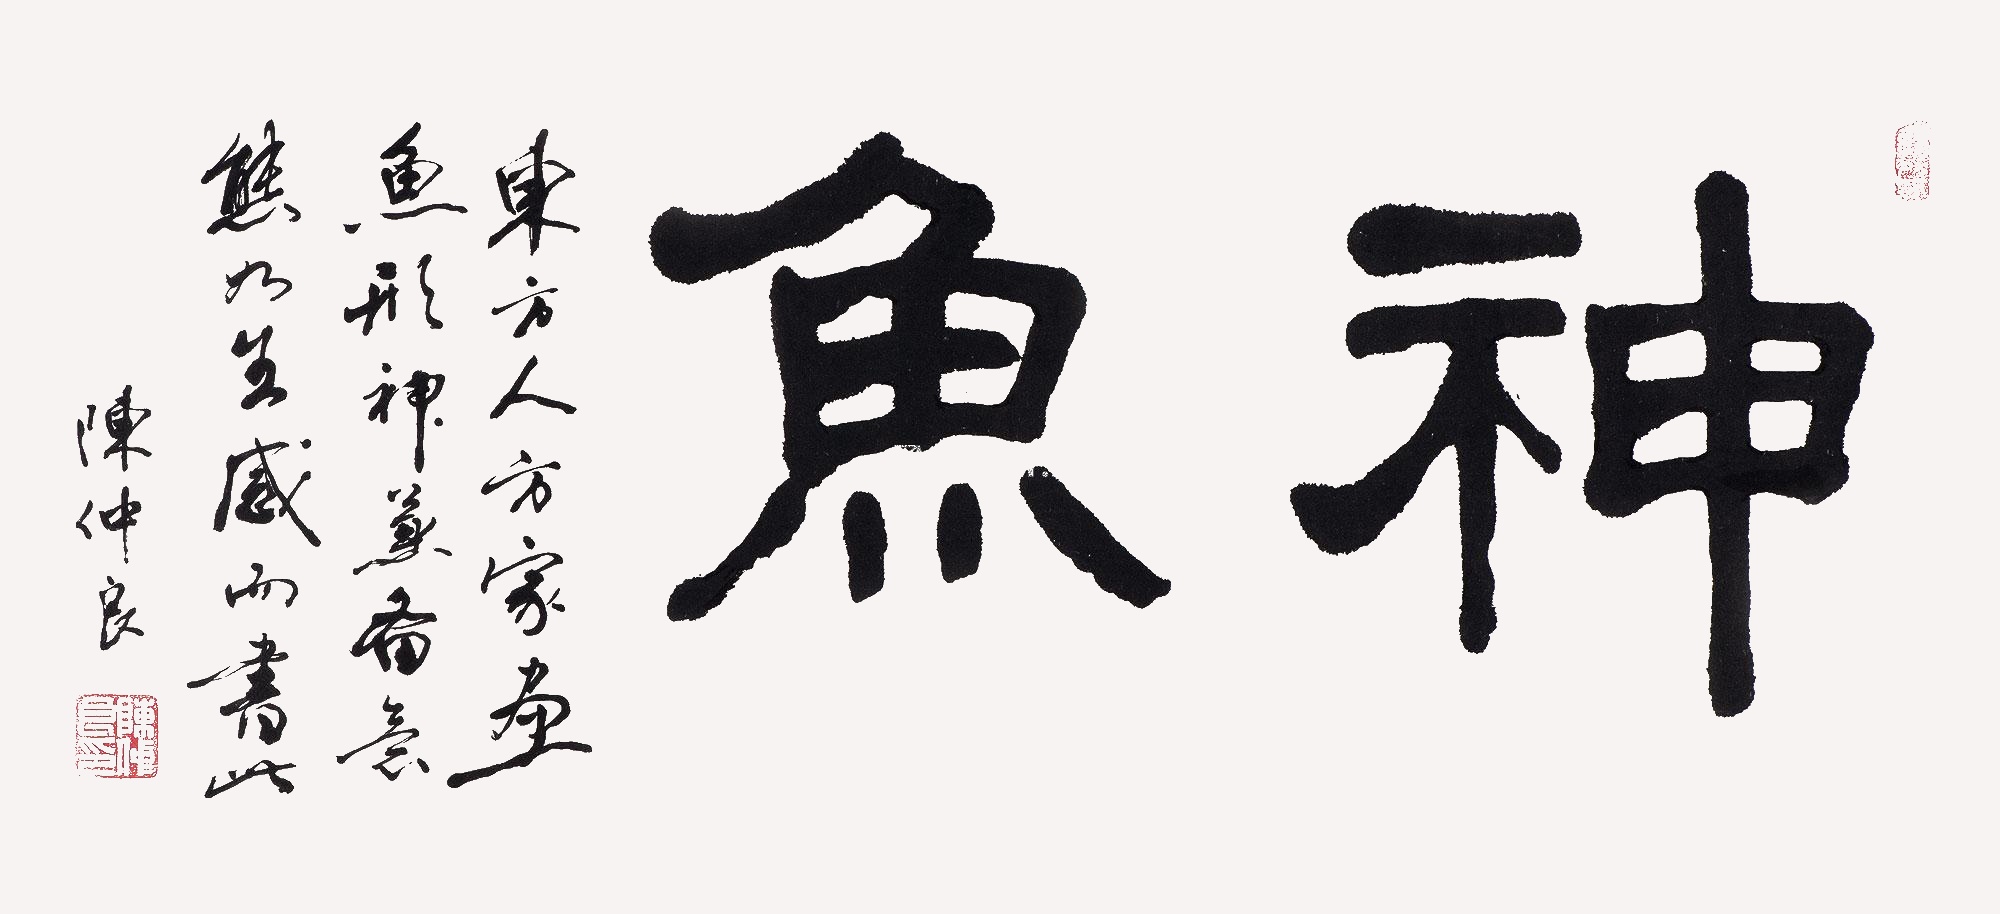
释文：神鱼东方人方家画鱼形神兼备，意态如生，感而书此，陈仲良。